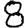
Digit: 8